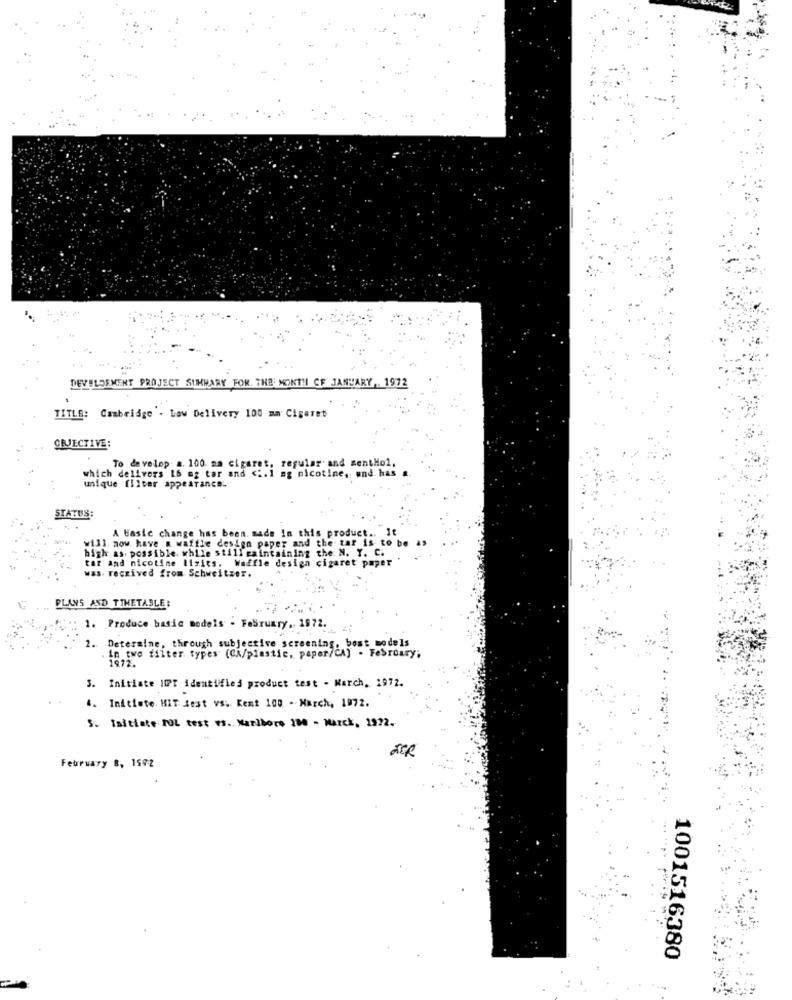
DEVELOPMENT PROJECT SUMMARY FOR. THE MONTH OF JANUARY ,. 1972
TITLE: Cambridge . Law Delivery 100 mm Cigaret
ÇEJECTIVE;
which delivers 16 mg tar and <i.1 mg nicotine, and has a
To develop. a. 100 na cigaret, regular' and sentHol,
unique (licer appearance.
STATUS:
will. now have a waffle design paper and the tar is to be as
A basic change has been made In this product ..
high as possible. while still gaintaining the N. Y. C.
tar and nicotine lisits. Waffle design cigaret paper
was. received from Schweitzer.
PLANS AND TTHETABLE;
1. Produce basic models - February. 1972.
2. Determine, through subjective screening, bost models
in two filter types (CA/plastic, paper/CA) . February;
1972.
3. Initiate HIPT identified product test - March, 1972.
4. Initiate HIT Jest vs. Kent 100 - March, 1972.
5. Initiate POL test es. Marlboro 100 - Marck, 1972.
February 8, 1502
1001516380